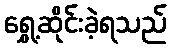
ရွှေ့ဆိုင်းခဲ့ရသည်